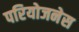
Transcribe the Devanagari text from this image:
परियोजनेस